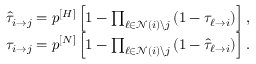
\begin{array} { r } { \hat { \tau } _ { i \rightarrow j } = p ^ { [ H ] } \left[ 1 - \prod _ { \ell \in \mathcal { N } ( i ) \backslash j } \left( 1 - \tau _ { \ell \rightarrow i } \right) \right] , } \\ { \tau _ { i \rightarrow j } = p ^ { [ N ] } \left[ 1 - \prod _ { \ell \in \mathcal { N } ( i ) \backslash j } \left( 1 - \hat { \tau } _ { \ell \rightarrow i } \right) \right] . } \end{array}